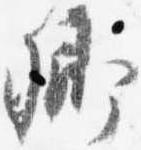
卿